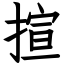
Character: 揎